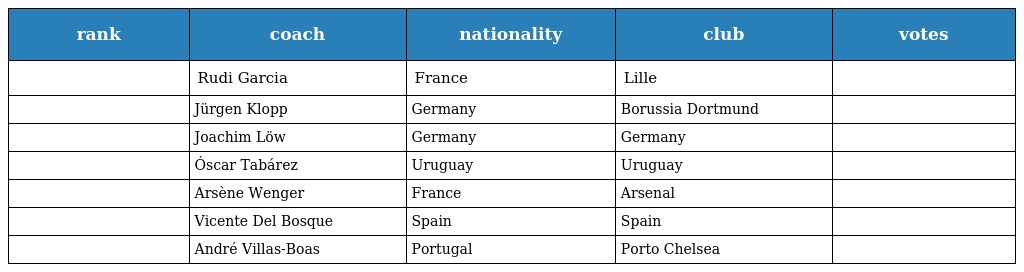
| rank | coach | nationality | club | votes |
 | --- | --- | --- | --- | --- |
 |  | Rudi Garcia | France | Lille |  |
 |  | Jürgen Klopp | Germany | Borussia Dortmund |  |
 |  | Joachim Löw | Germany | Germany |  |
 |  | Óscar Tabárez | Uruguay | Uruguay |  |
 |  | Arsène Wenger | France | Arsenal |  |
 |  | Vicente Del Bosque | Spain | Spain |  |
 |  | André Villas-Boas | Portugal | Porto Chelsea |  |